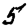
Digit: 5